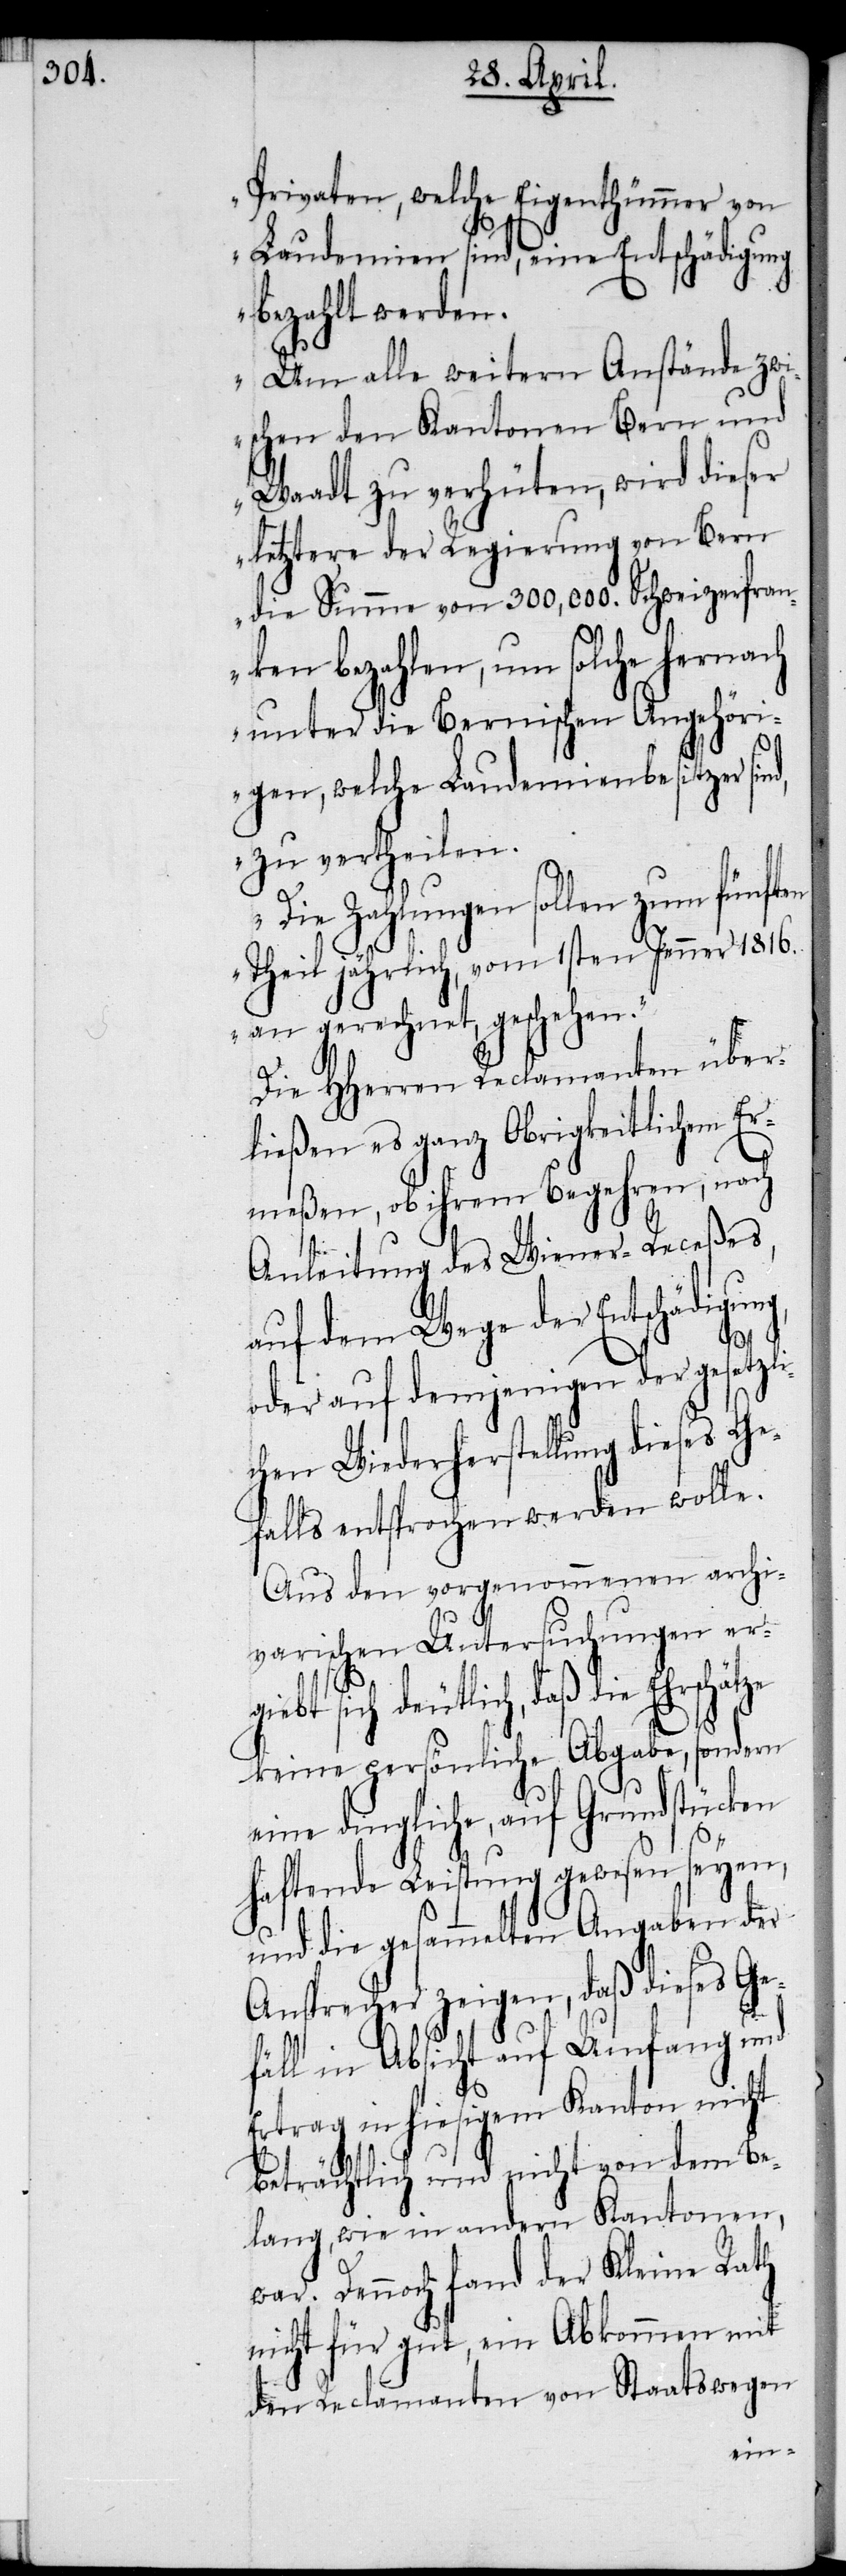
Privaten, welche Eigenthümmer von
Laudemien sind, eine Entschädigung
bezahlt werden.
Um alle weitern Anstände zwi¬
ten
schen den Kantonen Bern und
Waadt zu verhüten, wird dieser
letztere der Regierung von Bern
die Summe von 300,000. Schweizerfran¬
ken bezahlen, um solche hernach
unter die Bernischen Angehöri¬
gen, welche Laudemienbesitzer
zu vertheilen.
Die Zahlungen sollen zum fünf¬
Theil jährlich, vom 1sten Jenner 1816.
an gerechnet, geschehen.“
Die HHerren Reclamanten über¬
ließen es ganz Obrigkeitlichem Er¬
meßen, ob ihrem Begehren, nach
Anleitung des Wiener-Receßes,
auf dem Wege der Entschädigung,
oder auf demjenigen der gesetzli¬
chen Wiederherstellung dieses Ge¬
falls entsprochen werden wolle.
Aus den vorgenommenen archi¬
varischen Untersuchungen erg¬
iebt sich deutlich, daß die
keine persönliche Abgabe, sondern
eine dingliche, auf Grundstücken
haftende Leistung gewesen seyen,
und die gesammelten Angaben der
Ansprecher zeigen, daß dieses Ge¬
fäll in Absicht auf Umfang und
Ertrag in hiesigem Kanton nicht
beträchtlich und nicht von dem Be¬
lang, wie in andern Kantonen,
war. Dennoch fand der Kleine Rath
nicht für gut, ein Abkommen mit
den Reclamanten von Staatswegen